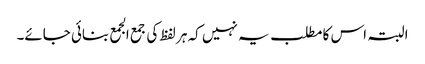
البتہ اس کا مطلب یہ نہیں کہ ہر لفظ کی جمع الجمع بنائی جائے۔